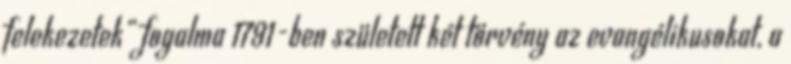
felekezetek” fogalma 1791-ben született két törvény az evangélikusokat, a